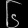
Digit: ၆